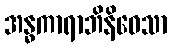
အန္ဓကာရာဘိနိဝေသာ